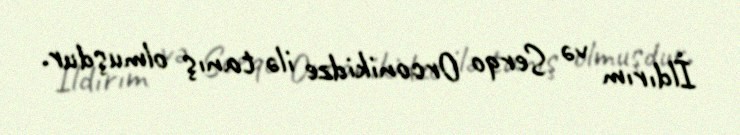
İldırım və Serqo Orconikidze ilə tanış olmuşdur.